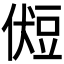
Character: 𰶛